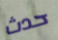
حدث